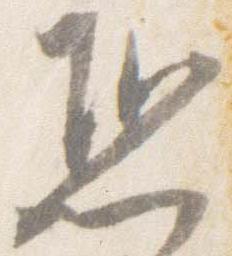
恐